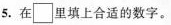
5. 在\Box里填上合适的数字。